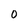
Character: 0